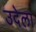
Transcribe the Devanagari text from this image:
उदेला